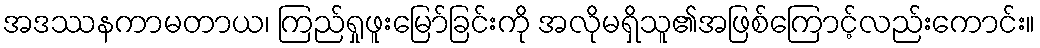
အဒဿနကာမတာယ၊ ကြည်ရှုဖူးမြော်ခြင်းကို အလိုမရှိသူ၏အဖြစ်ကြောင့်လည်းကောင်း။